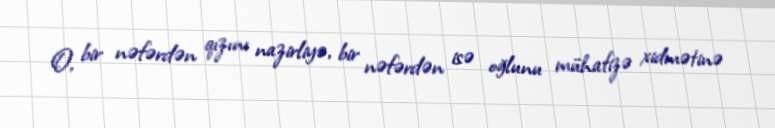
O, bir nəfərdən qızını nazirliyə, bir nəfərdən isə oğlunu mühafizə xidmətinə